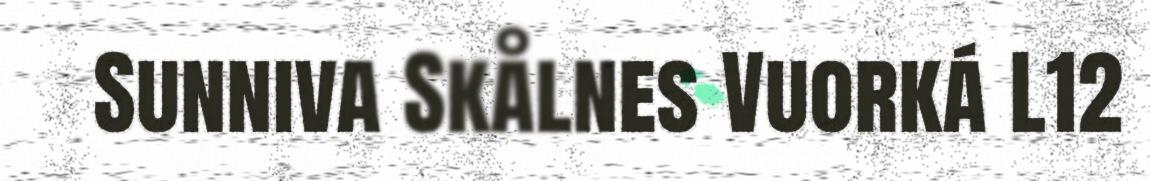
Sunniva Skålnes Vuorká L12